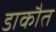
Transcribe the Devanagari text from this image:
डाकौत